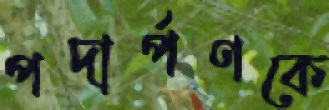
পদার্পণকে